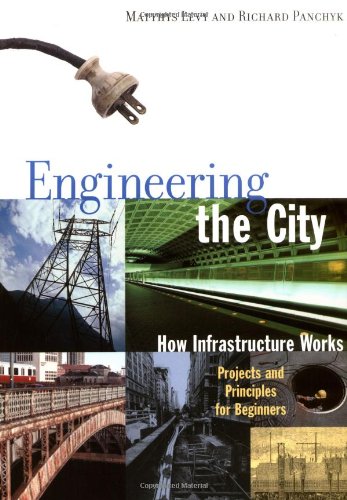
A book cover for Engineering the City: How Infrastructure Works, Projects and Principles for Beginners; Matthys Levy; Children's Books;